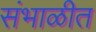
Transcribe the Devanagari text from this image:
संभाळीत